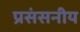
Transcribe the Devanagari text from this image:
प्रसंसनीय